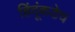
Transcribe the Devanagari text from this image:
हिंदूंकडेच